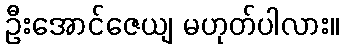
ဦးအောင်ဇေယျ မဟုတ်ပါလား။